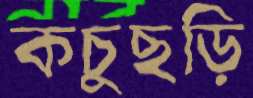
কচুছড়ি